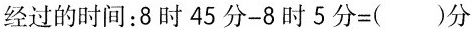
经过的时间：8时45分-8时5分=()分